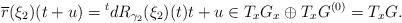
LaTeX: \begin{align*} \overline{r}(\xi_2)(t+u)={}^tdR_{\gamma_2}(\xi_2) (t) t+u \in T_x G_x\oplus T_xG^{(0)}=T_xG.\end{align*}